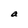
Character: a